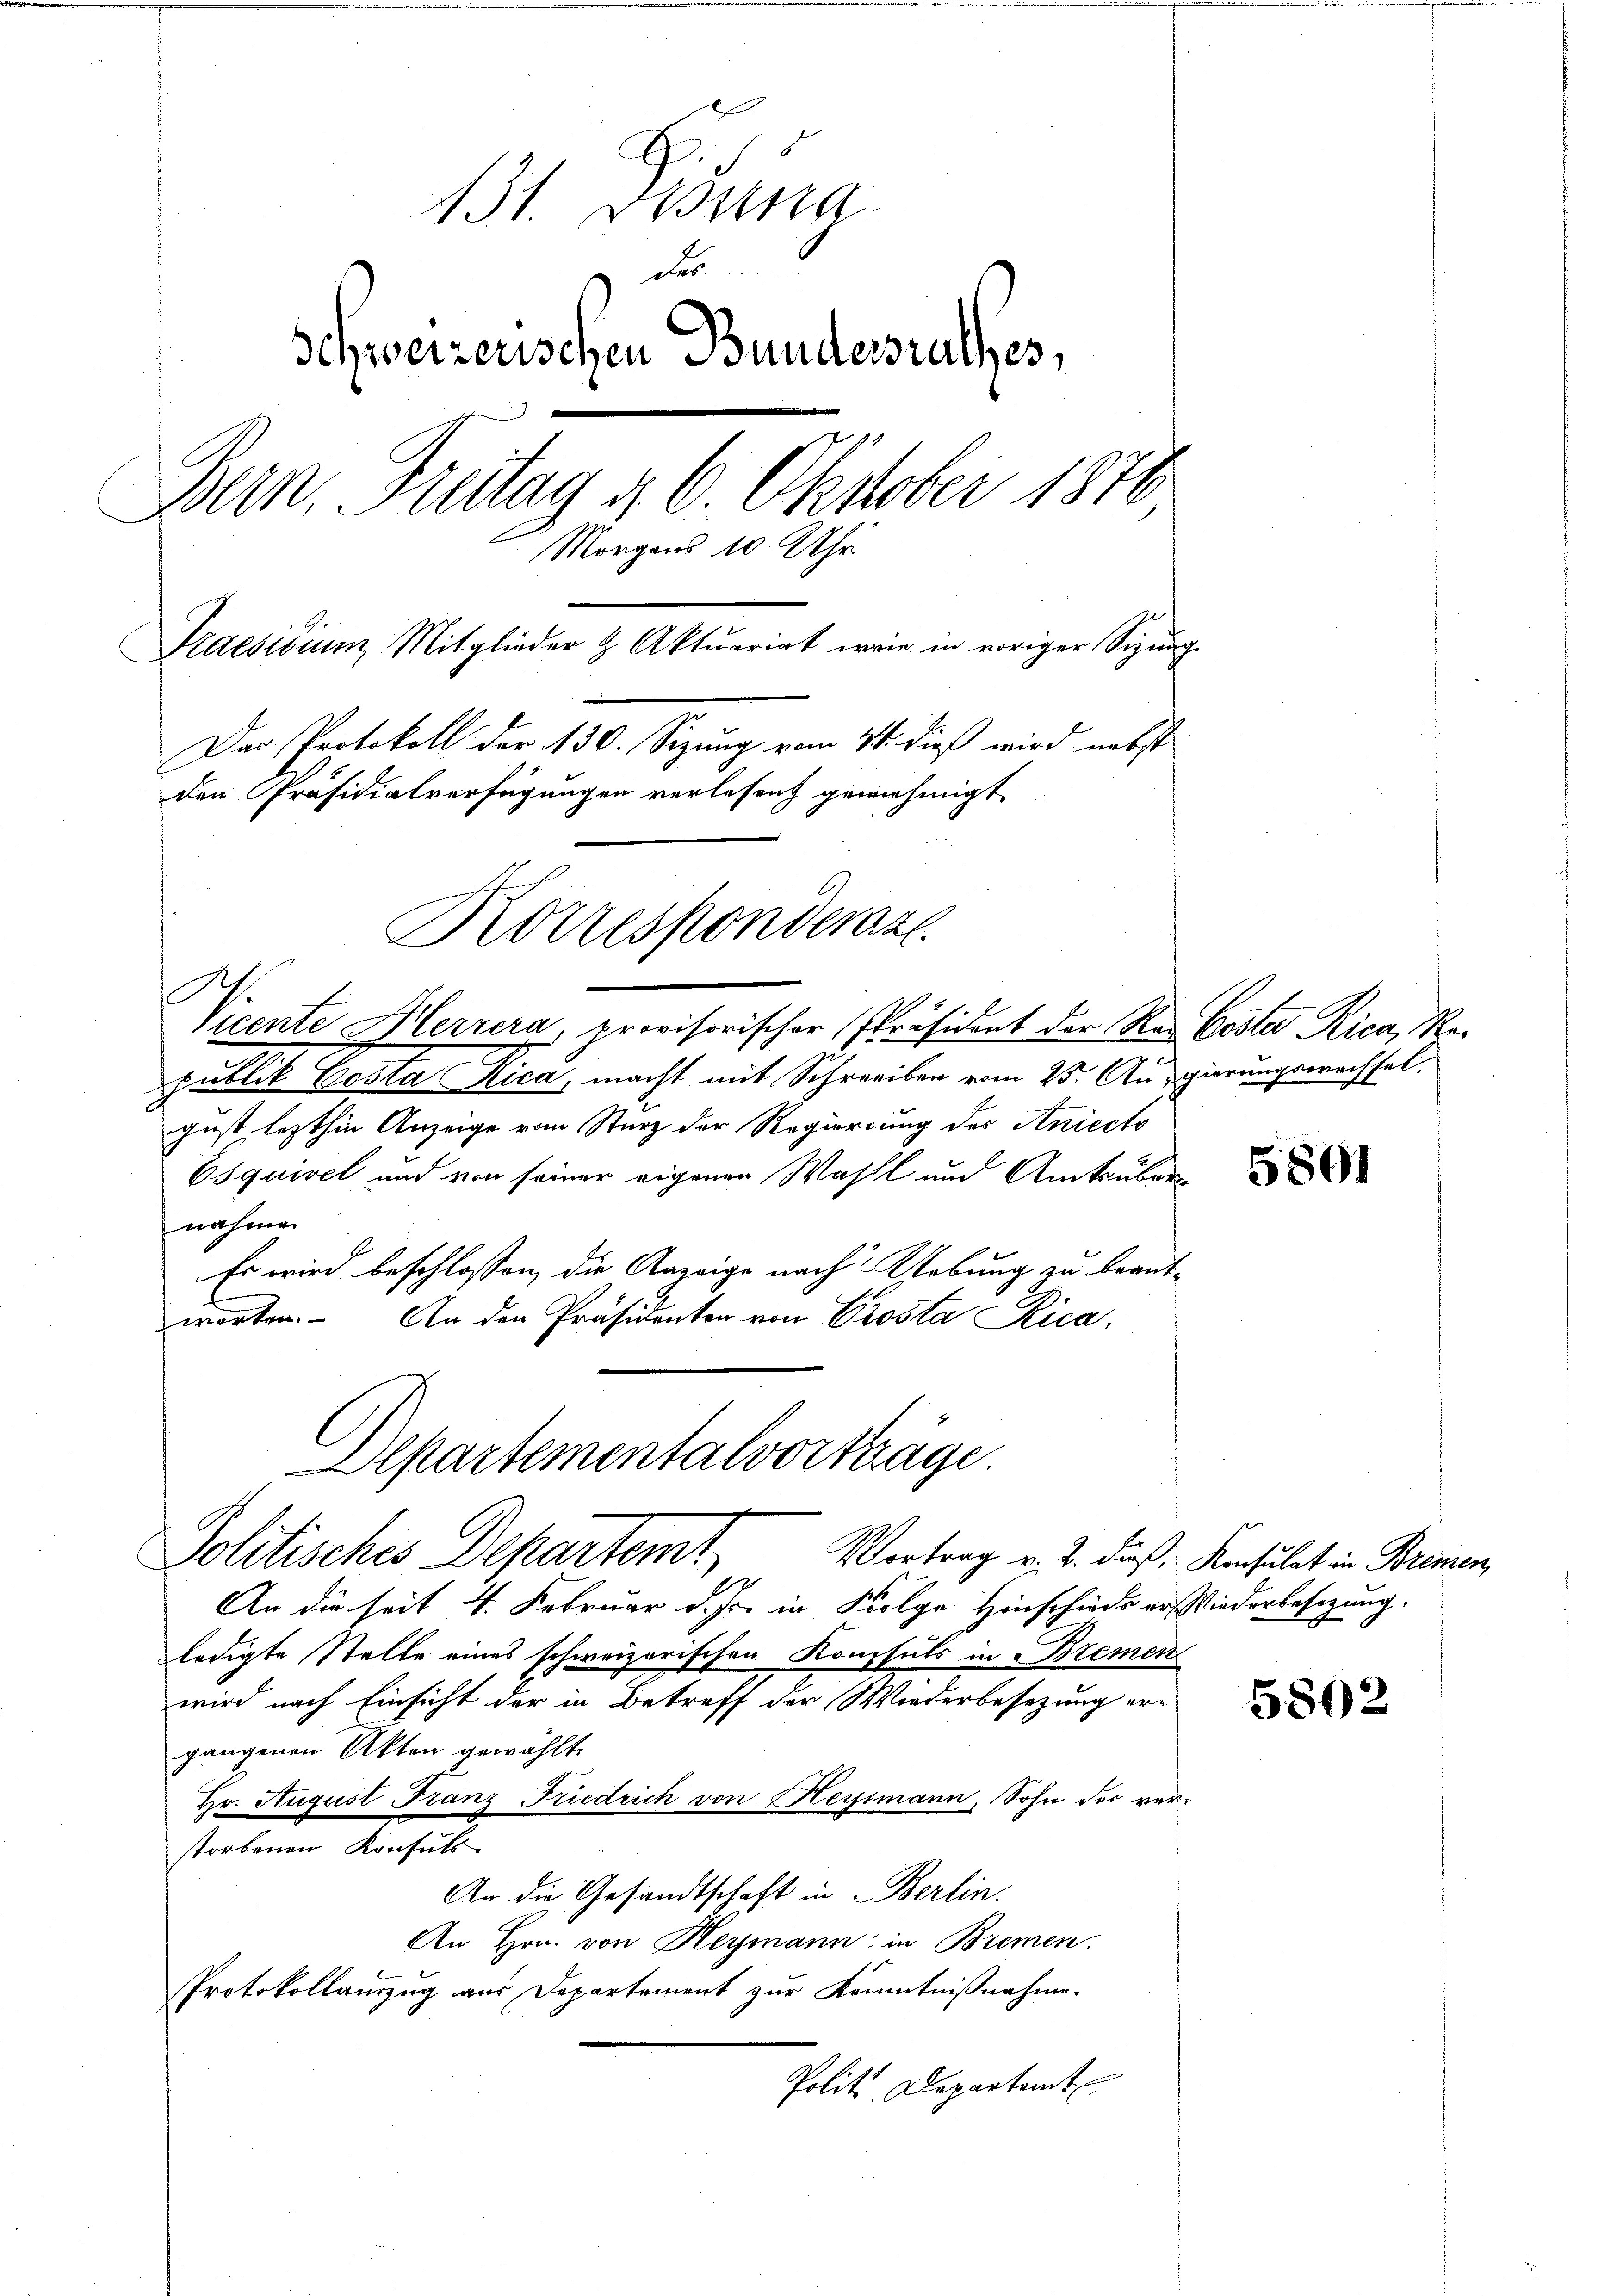
6
131. Dessa
des
Schweizerischen Bundersrathes,
Bern, Freitag 4. 6. Oktober 1870
Morgens 10 Uhr
Praesidium Mitglieder & Aktuariat wie in voriger Sizung
Das Protokoll der 130. Sizung vom 21. dieß wird nebst
den Präsidialverfügungen verlesent genehmigt.
Korresponderse
Vicente Herrera, provisorischer Präsident der Rei Coster Rica, Re¬

publik Gesta Rica, macht mit Schreiben vom 25. Ausgierungewachsel.
gust lezthin Anzeige vom Sturz der Regierung des Aniects
Esquisel und von seiner eigenen Wahll und Amtsübernahmen
Es wird beschlossen, die Anzeige nach Uebung zu beantworten. An den Präsidenten von Prosta Rica,

Alpartementalvorträge.
Politisches Departemt,

An die seit 4. Februar d. Js. in Folge Hinschiede er Wiederbesizung.
ledigte Stelle eines schweizerischen Konsuls in Bremen
wird nach Einsicht der in Betreff der Wiederbesezung er-
gangenen Akten gewählt.
Hr. August Franz Friedrich von Heyimann, Sohn der verstorbenen Konsuls
An die Gesandtschaft in Berlin.
An Hrn. von Heymann in Bremen.
Protokollauszug aus Departement zur Kenntnißnahme
Politt. Departamt

5801

5802

Vortrag v. 2. dieß, Konsulat in Bremen,